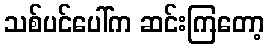
သစ်ပင်ပေါ်က ဆင်းကြတော့